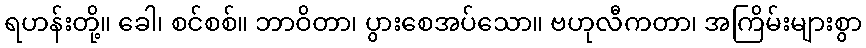
ရဟန်းတို့။ ခေါ၊ စင်စစ်။ ဘာဝိတာ၊ ပွားစေအပ်သော။ ဗဟုလီကတာ၊ အကြိမ်းများစွာ